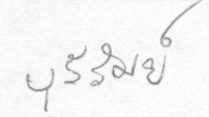
บุรีรัมย์